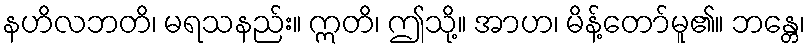
နဟိလဘတိ၊ မရသနည်း။ ဣတိ၊ ဤသို့။ အာဟ၊ မိန့်တော်မူ၏။ ဘန္တေ၊